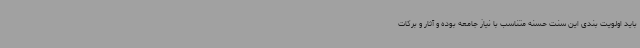
باید اولویت بندی این سنت حسنه متناسب با نیاز جامعه بوده و آثار و برکات